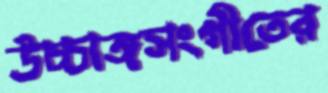
উচ্চাঙ্গসংগীতের